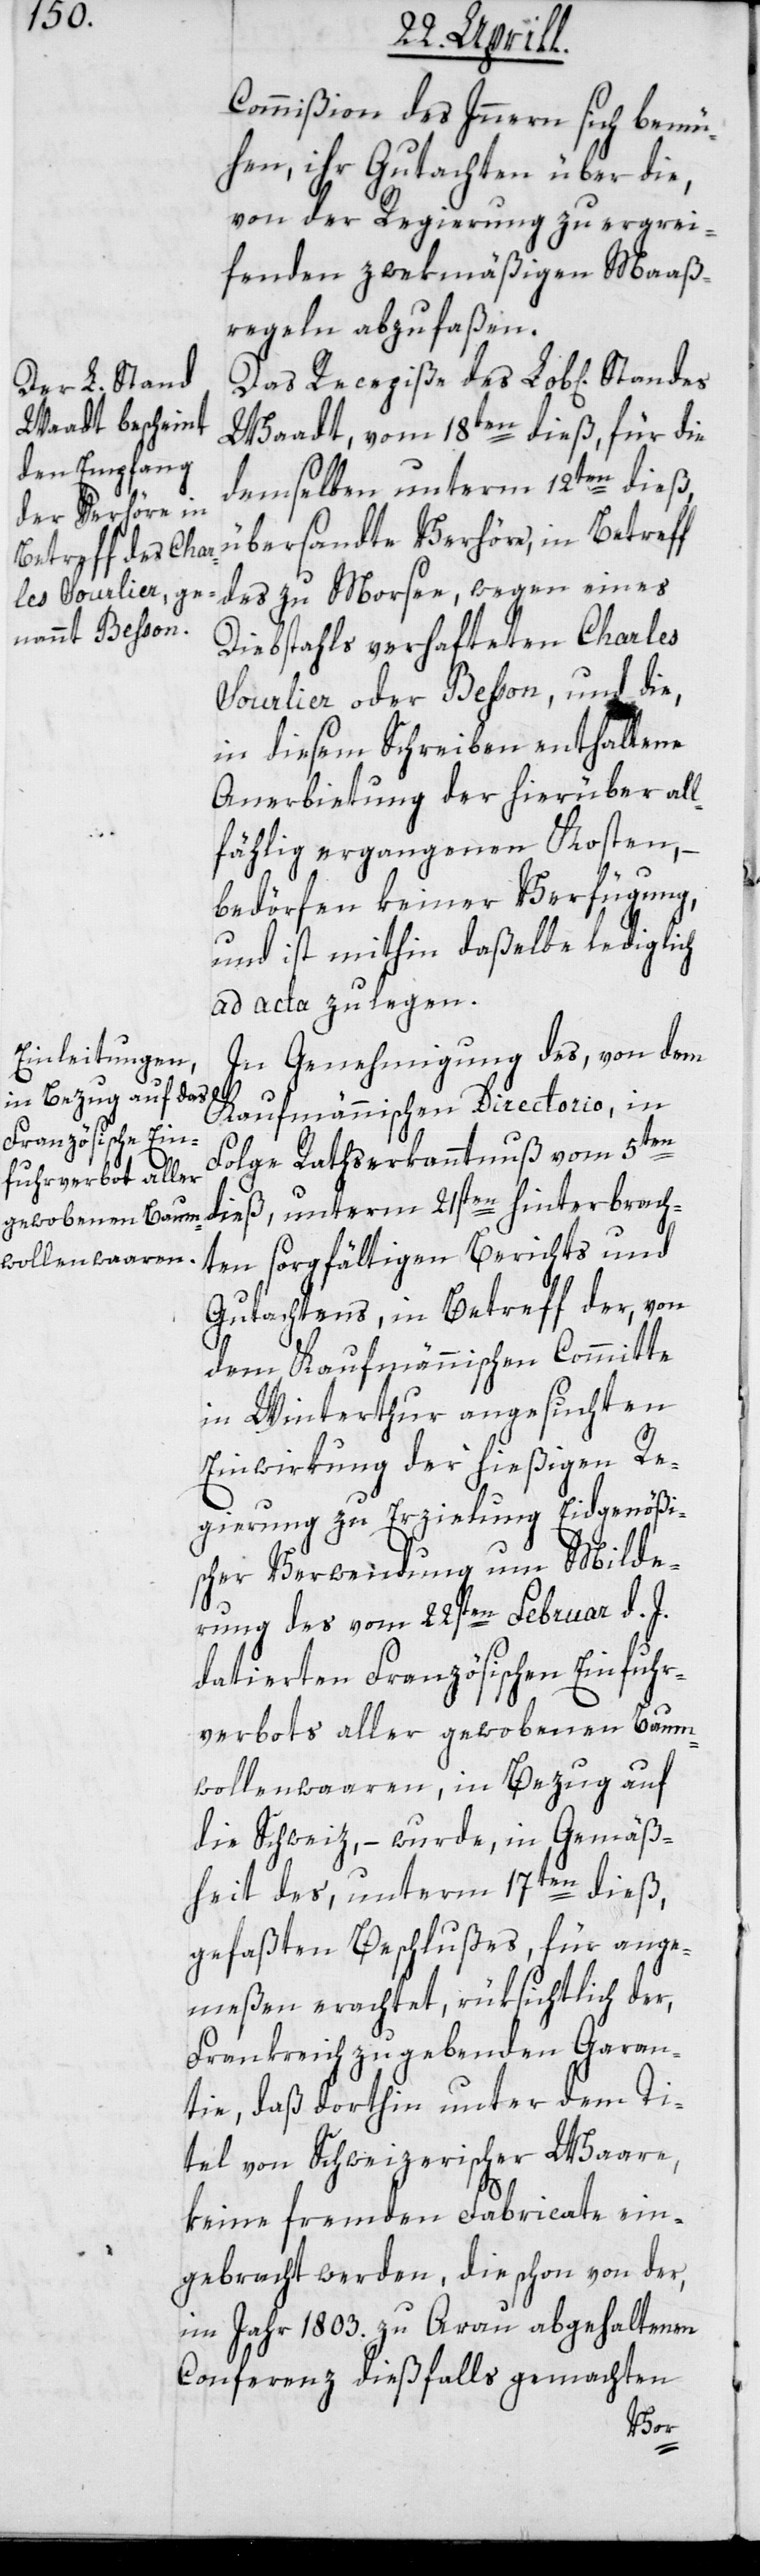
Commißion des Innern sich bemü¬
hen, ihr Gutachten über die,
von der Regierung zu ergrei¬
fenden zwekmäßigen Maaß¬
regeln abzufaßen.
Das Recepiße des Lob[lichen]
Waadt, vom 18ten dieß, für die
demselben unterm 12ten dieß
übersandte Verhöre, in Betreff
des zu Morsee, wegen eines
Diebstahls verhafteten Charles
Sourlier oder Besson, und die
in diesem Schreiben enthaltene
Anerbietung der hier über all¬
fählig ergangenen Kosten, –
bedörfen keiner Verfügung,
und ist mithin daßelbe lediglich
ad acta zu legen.
In Genehmigung des, von dem
Kaufmännischen Directorio, in
en
Folge Rathserkanntnuß vom 5t¬
dieß, unterm 21ten hinterbrach¬
ten sorgfältigen Berichts und
Gutachtens, in Betreff der von
dem Kaufmännischen Commite
in Winterthur angesuchten
Einwirkung der hießigen Re¬
gierung zu Erzielung Eidgenößi¬
scher Verwendung um Milde¬
rung des vom 22ten Februar d. J.
datierten Französischen Einfuhr¬
verbots aller gewobenen Baum¬
wollenwaaren, in Bezug auf
die Schweiz, – wurde, in Gemäß¬
heit des, unterm 17ten dieß,
gefaßten Beschlußes, für ange¬
meßen erachtet, rüksichtlich der,
Frankreich zu gebenden Garan¬
tie, daß dorthin unter dem Ti¬
tel von Schweizerischer Waare,
keine fremden Fabricate ein¬
gebracht werden, die schon von der,
im Jahr 1803. zu Arau abgehaltenen
Conferenz dießfalls gemachten